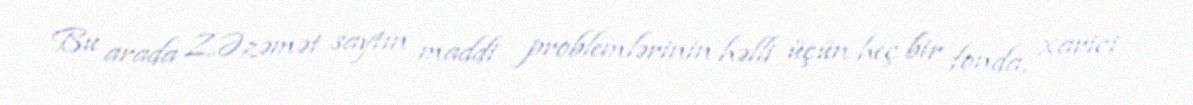
Bu arada Z.Əzəmət saytın maddi problemlərinin həlli üçün heç bir fonda, xarici